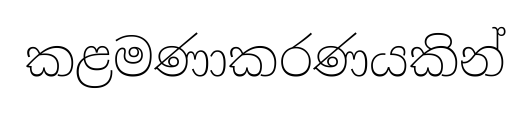
කළමණාකරණයකින්